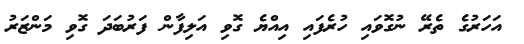
އަހަރުގެ ތެރޭ ނުގޮވައި ހުރެފައި އިއްޔެ ގޮވި އަލިފާން ފަރުބަދަ ގޮވި މަންޒަރު